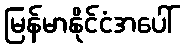
မြန်မာနိုင်ငံအပေါ်